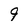
Character: 9